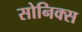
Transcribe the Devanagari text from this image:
सोनिक्स